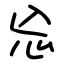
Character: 㤀